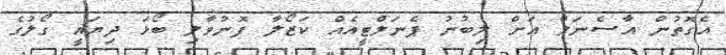
އެގޮތުން އާސެނަލް އަށް ލިބުނު ޕެނަލްޓީއެއް ކަޒޯލާ ފޮނުވާލި ބޯޅަ ދިޔައީ ގޯލުގެ